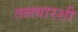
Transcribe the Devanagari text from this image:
तलवारशी